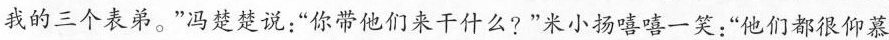
我的三个表弟。”冯楚楚说:“你带他们来干什么?”米小扬嘻嘻一笑:“他们都很仰慕